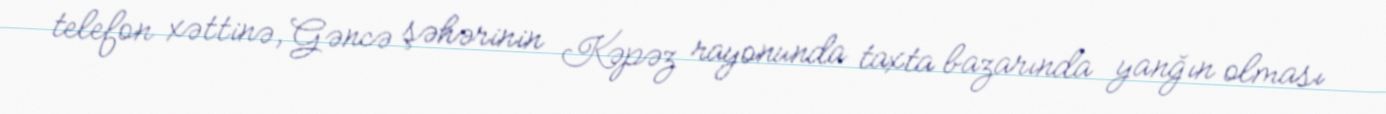
telefon xəttinə, Gəncə şəhərinin Kəpəz rayonunda taxta bazarında yanğın olması